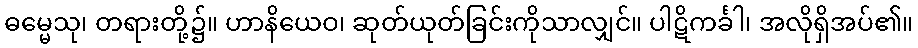
ဓမ္မေသု၊ တရားတို့၌။ ဟာနိယေဝ၊ ဆုတ်ယုတ်ခြင်းကိုသာလျှင်။ ပါဋိကင်္ခါ၊ အလိုရှိအပ်၏။